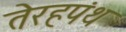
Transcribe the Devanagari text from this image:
तेरहपंथ